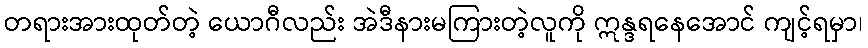
တရားအားထုတ်တဲ့ ယောဂီလည်း အဲဒီနားမကြားတဲ့လူကို ဣန္ဒရနေအောင် ကျင့်ရမှာ၊